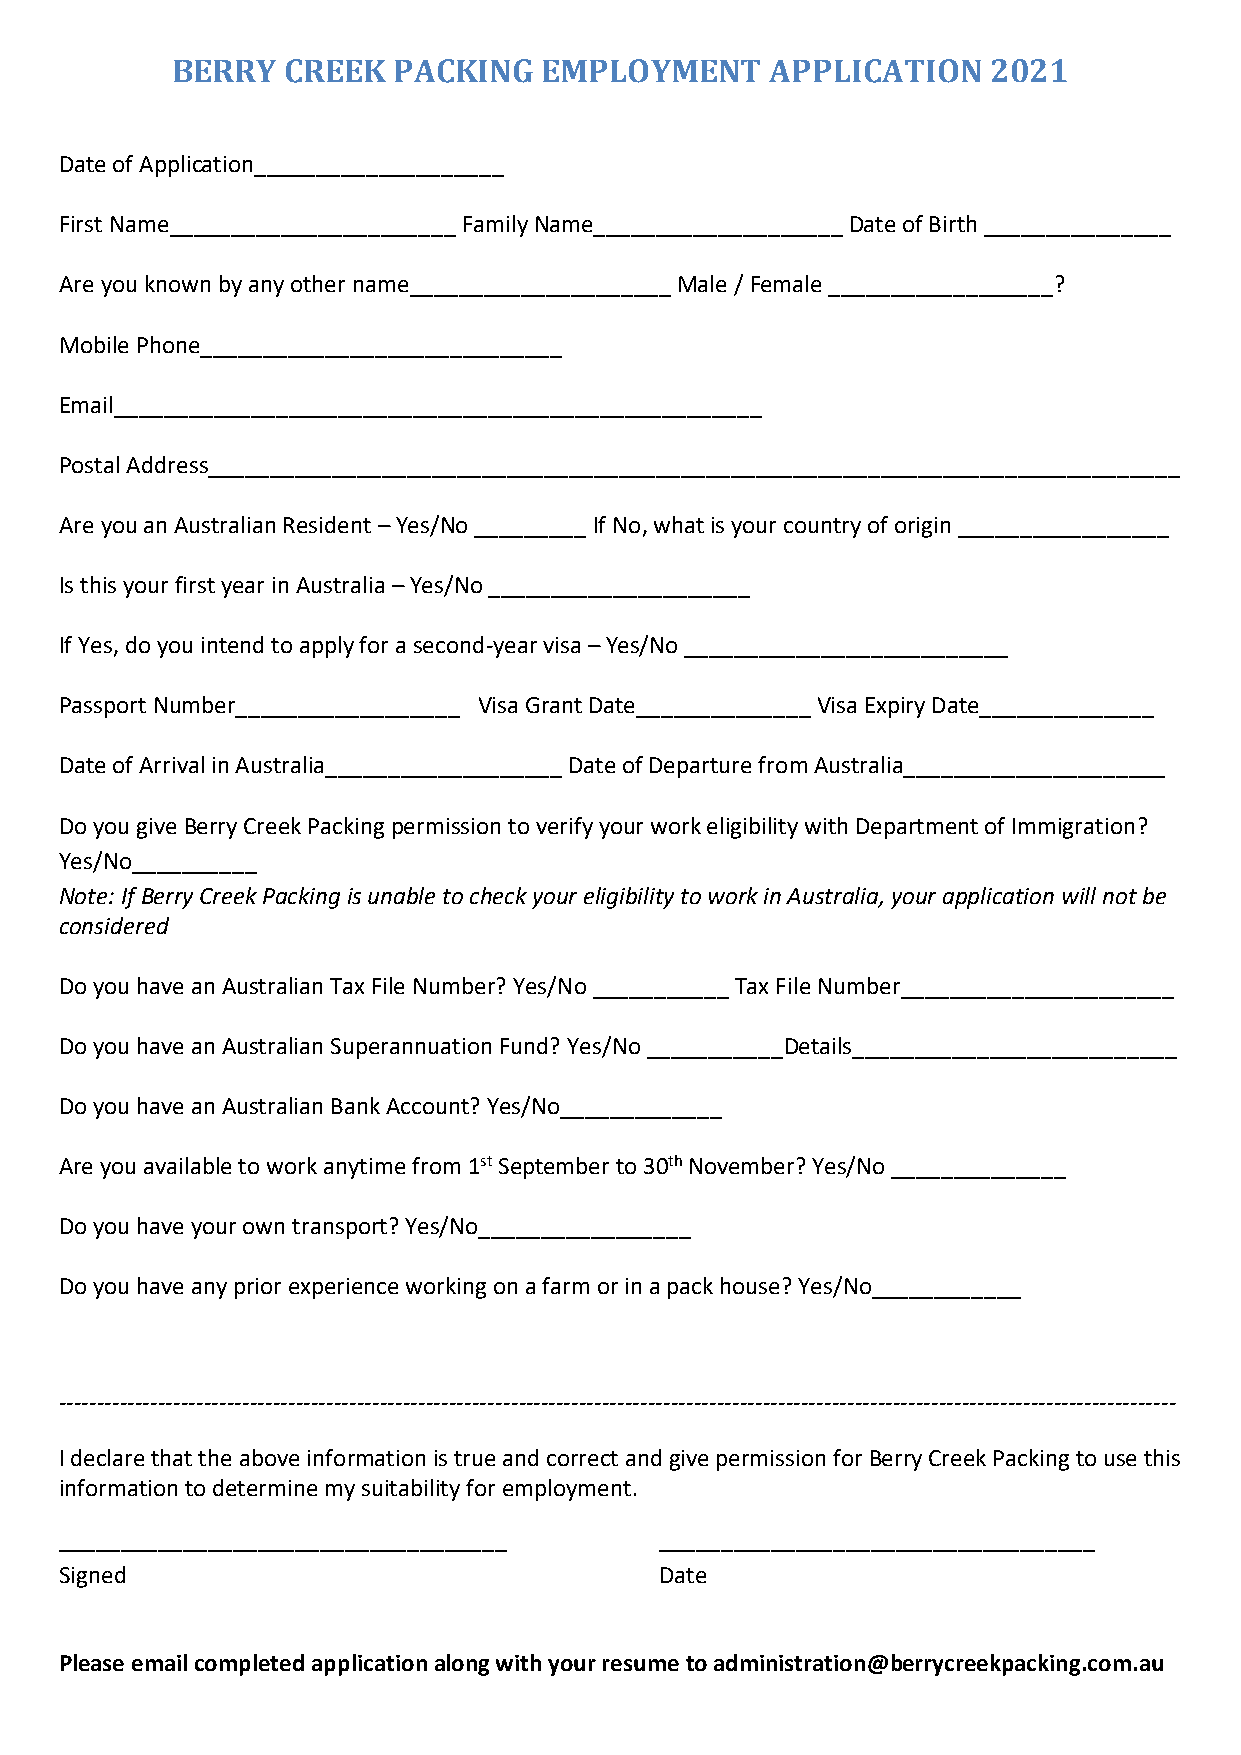
BERRY   CREEK  PACKING   EMPLOYMENT     APPLICATION   2021
 Date of Application____________________
 First Name_______________________ Family Name____________________ Date of Birth _______________
 Are you known by any other name_____________________ Male / Female __________________?
 Mobile Phone_____________________________
 Email____________________________________________________
 Postal Address______________________________________________________________________________
 Are you an Australian Resident – Yes/No _________ If No, what is your country of origin _________________
 Is this your first year in Australia – Yes/No _____________________
 If Yes, do you intend to apply for a second-year visa – Yes/No __________________________
 Passport Number__________________ Visa Grant Date______________ Visa Expiry Date______________
 Date of Arrival in Australia___________________ Date of Departure from Australia_____________________
 Do you give Berry Creek Packing permission to verify your work eligibility with Department of Immigration?
 Yes/No__________
 Note: If Berry Creek Packing is unable to check your eligibility to work in Australia, your application will not be
 considered
 Do you have an Australian Tax File Number? Yes/No ___________ Tax File Number______________________
 Do you have an Australian Superannuation Fund? Yes/No ___________Details__________________________
 Do you have an Australian Bank Account? Yes/No_____________
 Are you available to work anytime from 1st September to 30th November? Yes/No ______________
 Do you have your own transport? Yes/No_________________
 Do you have any prior experience working on a farm or in a pack house? Yes/No____________
 --------------------------------------------------------------------------------------------------------------------------------------------------
 I declare that the above information is true and correct and give permission for Berry Creek Packing to use this
 information to determine my suitability for employment.
 ____________________________________    ___________________________________
 Signed                                  Date
 Please email completed application along with your resume to administration@berrycreekpacking.com.au